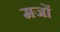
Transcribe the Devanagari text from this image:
मजों